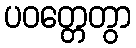
ပဝတ္တေတွာ